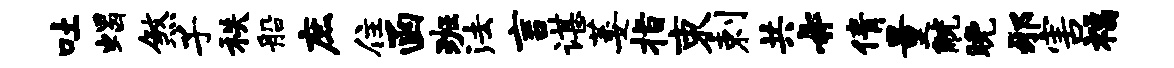
吐蝎煞子秩船庶住函班法言谌萎指束剌共#倩量觥晚邪害福